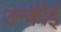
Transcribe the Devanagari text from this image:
उन्कीई